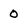
Character: 0